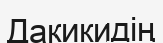
Дакикидің